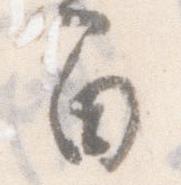
間